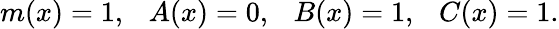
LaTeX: m(x)=1,\ \ \ A(x)=0,\ \ \ B(x)=1,\ \ \ C(x)=1.